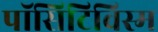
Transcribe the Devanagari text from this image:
पॉसिटिविस्म